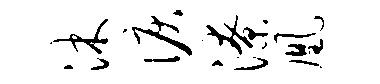
沐泪潦凰